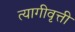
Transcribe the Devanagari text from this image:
त्यागीवृत्ती